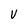
Character: v